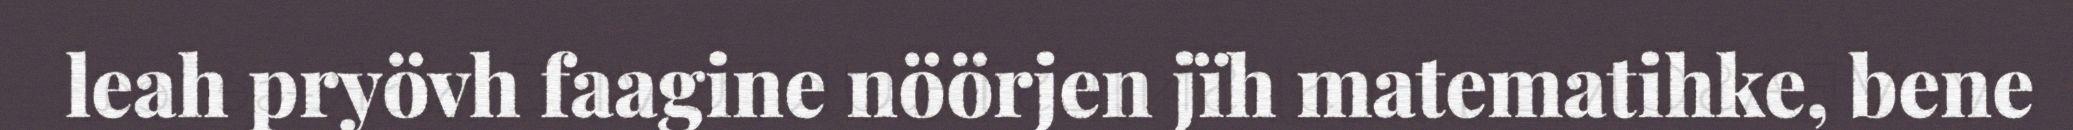
leah pryövh faagine nöörjen jïh matematihke, bene